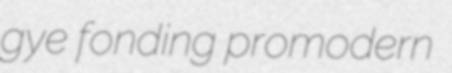
gye fonding promodern